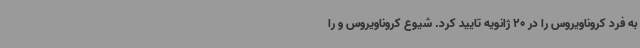
به فرد کروناویروس را در 20 ژانویه تایید کرد. شیوع کروناویروس و را